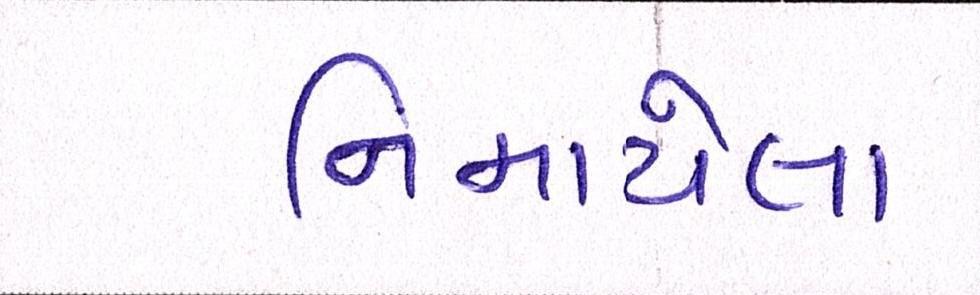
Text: નિમાયેલા